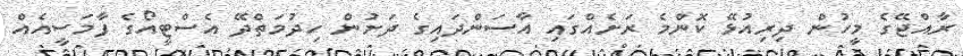
ރާއްޖޭގެ މީހުން ދިރިއުޅޭ ކޮންމެ ރަށެއްގައި އާސަންދައިގެ ދަށުން ހިދުމަތްދޭ އެސްޓީއޯގެ ފާމަސީއެއް